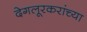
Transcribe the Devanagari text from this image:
देगलूरकरांच्या